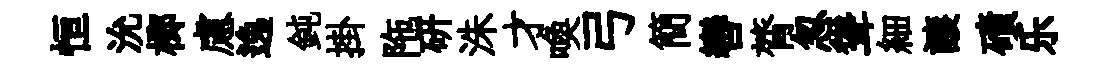
恒沇榔慮逸鈍掛陁研洙才喚弓簡轡膂忽聳細譲磧乐